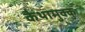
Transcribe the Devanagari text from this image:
कैथामुक्कु